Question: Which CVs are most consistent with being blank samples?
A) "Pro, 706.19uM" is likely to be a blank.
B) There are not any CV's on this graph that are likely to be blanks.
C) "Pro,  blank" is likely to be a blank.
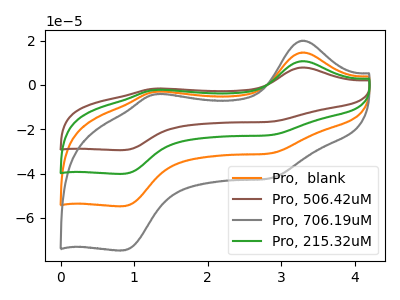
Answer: <think>The orange curve "Pro,  blank" has anodic peaks at (3.30V, 14.65uA) (1.30V, -3.10uA) and cathodic peaks at (2.85V, -30.80uA) (0.85V, -54.70uA). The brown curve "Pro, 506.42uM" has anodic peaks at (3.30V, 43.90uA) (1.30V, -9.30uA) and cathodic peaks at (2.85V, -92.45uA) (0.85V, -164.15uA). The gray curve "Pro, 706.19uM" has anodic peaks at (3.30V, 19.95uA) (1.30V, -4.25uA) and cathodic peaks at (2.85V, -42.05uA) (0.85V, -74.65uA). The green curve "Pro, 215.32uM" has anodic peaks at (3.30V, 29.25uA) (1.30V, -6.20uA) and cathodic peaks at (2.85V, -61.65uA) (0.85V, -109.45uA).</think>
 <answer>B) There are not any CV's on this graph that are likely to be blanks.</answer>
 <eval>B</eval>